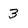
Character: 3